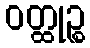
ဝတ္ထုဉ္စ